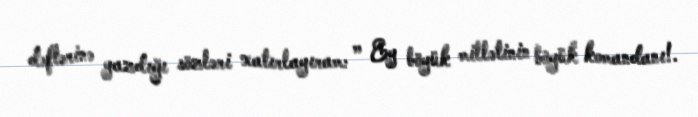
dəftərinə yazdığı sözləri xatırlayıram: ’’ Ey böyük millətinin böyük komandanı!.